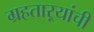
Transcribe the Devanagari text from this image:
ग्रहताऱ्यांची